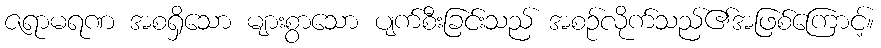
ဇရာမရဏ အစရှိသော များစွာသော ပျက်စီးခြင်းသည် အစဉ်လိုက်သည်၏အဖြစ်ကြောင့်။